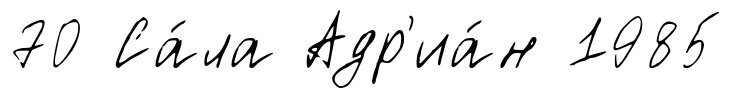
70 Са́ла Адр'иа́н 1985